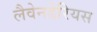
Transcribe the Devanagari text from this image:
लैवेनडेरियस